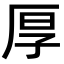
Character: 厚